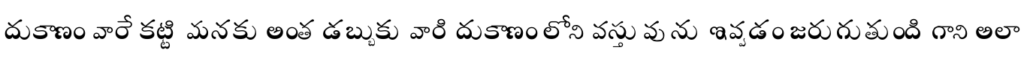
దుకాణం వారే కట్టి మనకు అంత డబ్బుకు వారి దుకాణం లోని వస్తువును ఇవ్వడం జరుగుతుంది గాని అలా